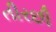
તીરછી